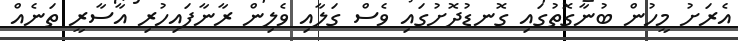
އެރަށު މީހުން ބުނާގޮތުގައި ގޮނޑުދޮށުގައި ވެސް ގަލާއި ވެލިން ރާނާފައިހުރި އާސާރީ ތަނެއް